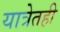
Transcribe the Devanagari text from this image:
यात्रेतही